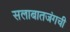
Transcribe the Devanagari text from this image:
सलाबातजंगची